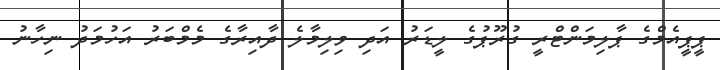
ޕީޕީއެމްގެ ޕާލިމަންޓްރީ ގުރޫޕުގެ ލީޑަރު އަދި ވިލިމާލެ ދާއިރާގެ މެމްބަރު އަހުމަދު ނިހާނު